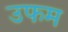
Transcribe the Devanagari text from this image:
उफम